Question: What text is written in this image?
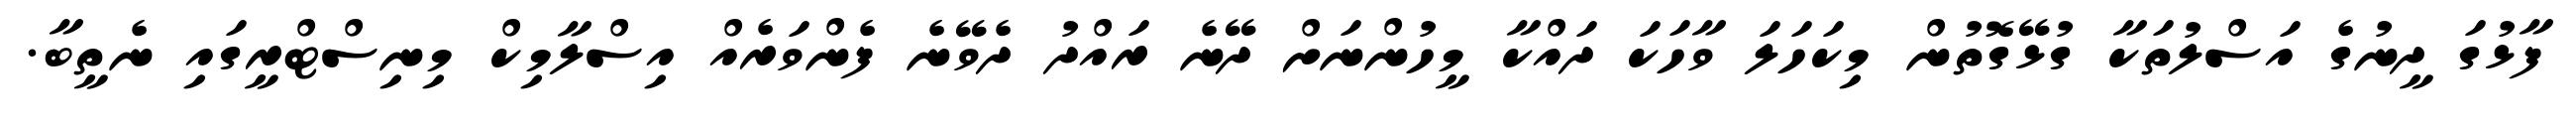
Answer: ފާޅުގަ ދީނުގެ އަސްލުތަކާ ގުޅޭގޮތުން މިކަހަލަ ވާހަކަ ދައްކާ މީހުންނަށް ދޭނެ ރައްދު ދެވޭނެ ފެންވަރެއް އިސްލާމިކް މިނިސްޓްރީގައި ނެތީބާ.